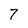
Character: 7